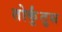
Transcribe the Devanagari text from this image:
तोर्कुंतुस